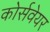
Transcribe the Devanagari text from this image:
कोर्सवेयर